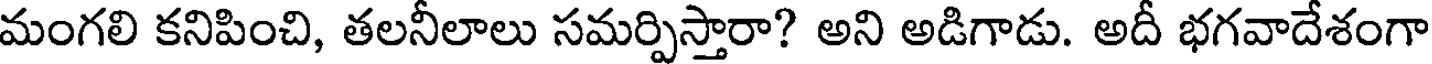
మంగలి కనిపించి, తలనీలాలు సమర్పిస్తారా? అని అడిగాడు. అదీ భగవాదేశంగా